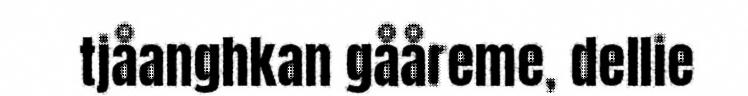
tjåanghkan gååreme, dellie